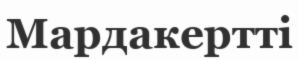
Мардакертті